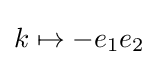
k\mapsto -e_{1}e_{2}